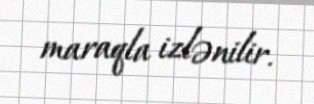
maraqla izlənilir.